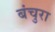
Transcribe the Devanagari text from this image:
बंचुरा